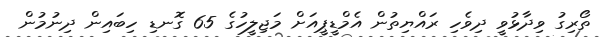
ތޯރިގު ވިދާޅުވީ ދިވެހި ރައްޔިތުން އެމްޑީޕީއަށް މަޖިލީހުގެ 65 ގޮނޑި ހިބައިން ދިނުމުން